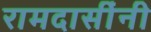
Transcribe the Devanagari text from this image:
रामदासींनी